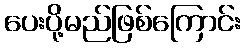
ပေးပို့မည်ဖြစ်ကြောင်း